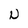
Character: N